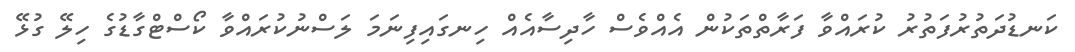
ކަނޑުދަތުރުފަތުރު ކުރައްވާ ފަރާތްތަކުން އެއްވެސް ހާދިސާއެއް ހިނގައިފިނަމަ ލަސްނުކުރައްވާ ކޯސްޓްގާޑުގެ ހިލޭ ގުޅޭ